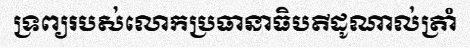
ទ្រព្យរបស់លោកប្រធានាធិបតីដូណាល់ត្រាំ